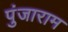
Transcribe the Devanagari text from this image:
पुंजाराम